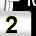
Digit: 2